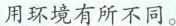
用环境有所不同。